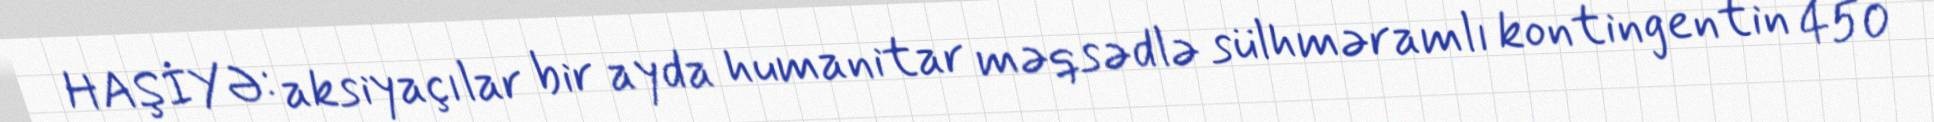
HAŞİYƏ: aksiyaçılar bir ayda humanitar məqsədlə sülhməramlı kontingentin 450